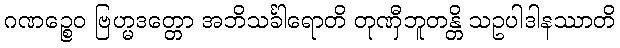
ဂဏဉ္စေဝ ဗြဟ္မဒတ္တော အဘိသင်္ခါရောတိ တုဏှီဘူတန္တိ သဥပါဒါနဿာတိ